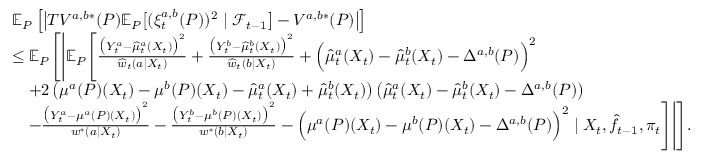
\begin{array} { r l } & { \mathbb { E } _ { P } \left[ \big | T V ^ { a , b * } ( P ) \mathbb { E } _ { P } \big [ ( \xi _ { t } ^ { a , b } ( P ) ) ^ { 2 } \mid \mathcal { F } _ { t - 1 } \big ] - V ^ { a , b * } ( P ) \big | \right] } \\ & { \leq \mathbb { E } _ { P } \Bigg [ \Bigg | \mathbb { E } _ { P } \Bigg [ \frac { \big ( Y _ { t } ^ { a } - \widehat { \mu } _ { t } ^ { a } ( X _ { t } ) \big ) ^ { 2 } } { \widehat { w } _ { t } ( a | X _ { t } ) } + \frac { \big ( Y _ { t } ^ { b } - \widehat { \mu } _ { t } ^ { b } ( X _ { t } ) \big ) ^ { 2 } } { \widehat { w } _ { t } ( b | X _ { t } ) } + \Big ( \widehat { \mu } _ { t } ^ { a } ( X _ { t } ) - \widehat { \mu } _ { t } ^ { b } ( X _ { t } ) - \Delta ^ { a , b } ( P ) \Big ) ^ { 2 } } \\ & { \ \ \ + 2 \left( \mu ^ { a } ( P ) ( X _ { t } ) - \mu ^ { b } ( P ) ( X _ { t } ) - \widehat { \mu } _ { t } ^ { a } ( X _ { t } ) + \widehat { \mu } _ { t } ^ { b } ( X _ { t } ) \right) \left( \widehat { \mu } _ { t } ^ { a } ( X _ { t } ) - \widehat { \mu } _ { t } ^ { b } ( X _ { t } ) - \Delta ^ { a , b } ( P ) \right) } \\ & { \ \ \ - \frac { \big ( Y _ { t } ^ { a } - \mu ^ { a } ( P ) ( X _ { t } ) \big ) ^ { 2 } } { w ^ { * } ( a | X _ { t } ) } - \frac { \big ( Y _ { t } ^ { b } - \mu ^ { b } ( P ) ( X _ { t } ) \big ) ^ { 2 } } { w ^ { * } ( b | X _ { t } ) } - \Big ( \mu ^ { a } ( P ) ( X _ { t } ) - \mu ^ { b } ( P ) ( X _ { t } ) - \Delta ^ { a , b } ( P ) \Big ) ^ { 2 } \mid X _ { t } , \widehat { f } _ { t - 1 } , \pi _ { t } \Bigg ] \Bigg | \Bigg ] . } \end{array}